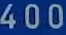
400